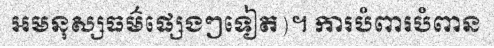
អមនុស្សធម៌ផ្សេងៗទៀត)។ ការបំពារបំពាន